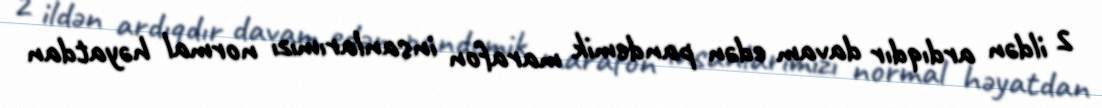
2 ildən ardıqdır davam edən pandemik marafon insanlarımızı normal həyatdan